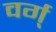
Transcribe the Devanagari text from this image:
वर्ग्